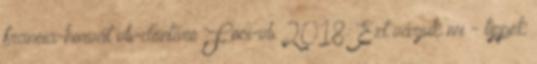
francia-horvát vb-döntőre Foci-vb 2018: Ezt várjuk mi - tippek